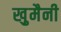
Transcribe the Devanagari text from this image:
खु़मैनी